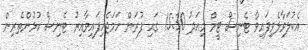
އެކުލަވާލެވިފައިވާ ޓެނިސް ޓީމް މިއަދު 15:30 ގައި ފުރަން ހަމަޖެހިފައިވާއިރު ޓެނިސް ކުޅުންތެރިން